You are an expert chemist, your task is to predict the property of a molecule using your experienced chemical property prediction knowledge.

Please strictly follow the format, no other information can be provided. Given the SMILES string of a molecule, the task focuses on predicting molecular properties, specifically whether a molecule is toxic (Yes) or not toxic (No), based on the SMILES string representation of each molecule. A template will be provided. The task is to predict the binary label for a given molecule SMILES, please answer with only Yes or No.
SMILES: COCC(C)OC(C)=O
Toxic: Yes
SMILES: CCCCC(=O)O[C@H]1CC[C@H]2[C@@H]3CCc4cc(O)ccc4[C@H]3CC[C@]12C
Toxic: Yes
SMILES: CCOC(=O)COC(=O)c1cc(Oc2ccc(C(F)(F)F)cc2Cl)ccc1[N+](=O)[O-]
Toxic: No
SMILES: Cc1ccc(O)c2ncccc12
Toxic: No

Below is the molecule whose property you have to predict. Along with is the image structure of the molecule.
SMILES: c1ccc(CN2CCNCC2)cc1
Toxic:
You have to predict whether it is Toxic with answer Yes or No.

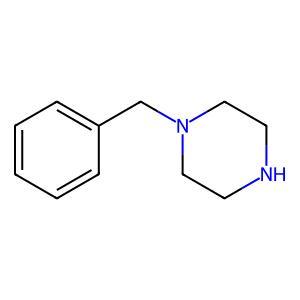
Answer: No